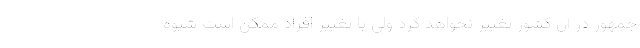
جمهور در آن کشور تغییر نخواهد کرد ولی با تغییر افراد ممکن است شیوه